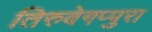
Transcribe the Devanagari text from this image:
तिरुवेगप्पुरा